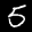
Label: 5